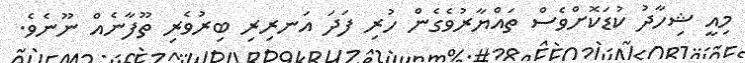
މިއީ ޝިހާދު ކުޑަކޮށްވެސް ތައްޔާރުވެގެން ހުރި ފަދަ އަނރިރި ބިރުވެރި ތޫފާނެއް ނޫނެވެ.